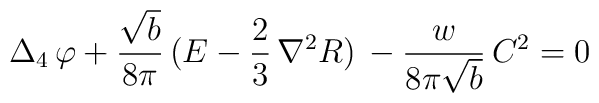
\Delta_4\,\varphi + \frac{\sqrt{b}}{8\pi}\,(E -\frac23\,{\nabla}^2R)\,- \frac{w}{8\pi\sqrt{b}}\,C^2 = 0